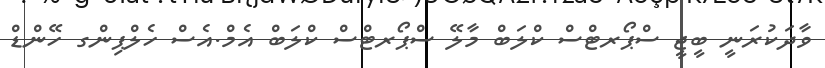
ވާދަކުރަނީ ބީޖީ ސްޕޯރޓްސް ކްލަބް މާލޭ ސްޕޯރޓްސް ކްލަބް އެމް.އެސް ހެލްޕިންގ ހޭންޑް